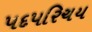
પદપરિચય